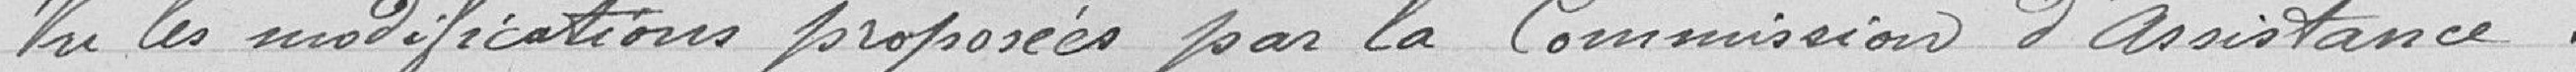
Vu les modifications proposées par la commission d'assistance